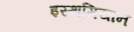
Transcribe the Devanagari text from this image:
इस्थमियान